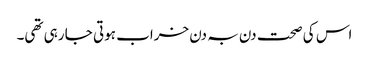
اس کی صحت دن بہ دن خراب ہوتی جا رہی تھی۔